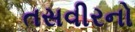
તસવીરનો